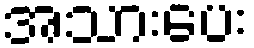
အသားပေး